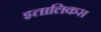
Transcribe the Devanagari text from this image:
इतालिकस